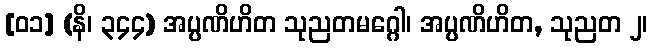
[၀၁] (နိ၊ ၃၄၄) အပ္ပဏိဟိတ သုညတမဂ္ဂေါ၊ အပ္ပဏိဟိတ, သုညတ ၂၊